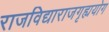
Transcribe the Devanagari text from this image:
राजविद्याराजगृह्ययोग